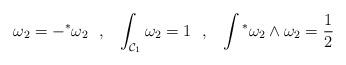
LaTeX: \begin{align*}\omega_2 = - {}^{*} \omega_2~~,~~ \int_{{\cal C}_1} \omega_2 = 1~~,~~\int {}^* \omega_2 \wedge \omega_2 = \frac{1}{2}\end{align*}